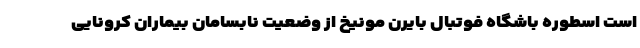
است اسطوره باشگاه فوتبال بایرن مونیخ از وضعیت نابسامان بیماران کرونایی